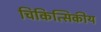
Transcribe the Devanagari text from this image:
चिकित्सिकीय